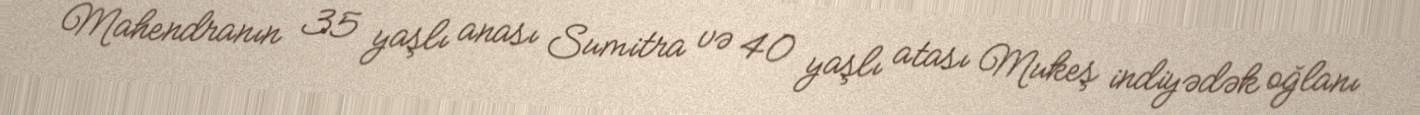
Mahendranın 35 yaşlı anası Sumitra və 40 yaşlı atası Mukeş indiyədək oğlanı